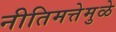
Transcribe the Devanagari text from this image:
नीतिमत्तेमुळे